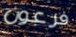
فرعون